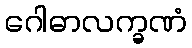
ဂေါဓာလက္ခဏံ